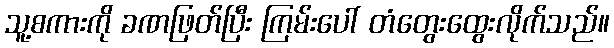
သူ့စကားကို ခဏဖြတ်ပြီး ကြမ်းပေါ် တံတွေးထွေးလိုက်သည်။